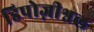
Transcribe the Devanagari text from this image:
डिपोज़ीश्नल